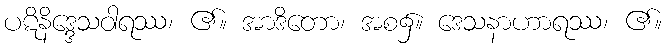
ပဋိနိဒ္ဒေသဝါရဿ၊ ၏။ အာဒိတော၊ အစ၌။ ဒေသနာဟာရဿ၊ ၏။